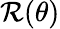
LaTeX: \mathcal{R}(\theta)